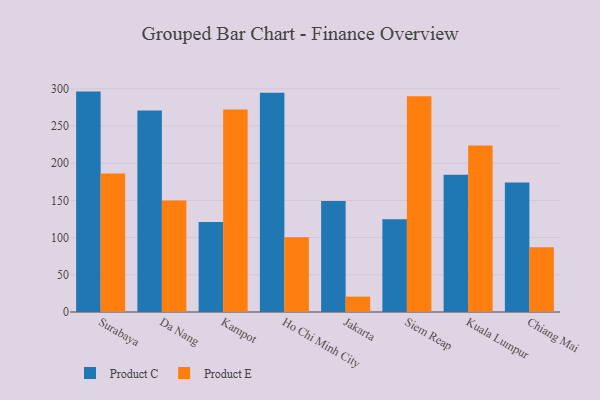
{"axis": {"x": "City", "y": "Customer Acquisition Cost (USD)"}, "legend": ["Product C", "Product E"], "data": [{"x": "Surabaya", "y": 296.2, "type": "Product C"}, {"x": "Surabaya", "y": 186.3, "type": "Product E"}, {"x": "Da Nang", "y": 270.8, "type": "Product C"}, {"x": "Da Nang", "y": 149.9, "type": "Product E"}, {"x": "Kampot", "y": 121.1, "type": "Product C"}, {"x": "Kampot", "y": 272.0, "type": "Product E"}, {"x": "Ho Chi Minh City", "y": 294.6, "type": "Product C"}, {"x": "Ho Chi Minh City", "y": 100.3, "type": "Product E"}, {"x": "Jakarta", "y": 149.2, "type": "Product C"}, {"x": "Jakarta", "y": 20.7, "type": "Product E"}, {"x": "Siem Reap", "y": 124.7, "type": "Product C"}, {"x": "Siem Reap", "y": 289.8, "type": "Product E"}, {"x": "Kuala Lumpur", "y": 184.4, "type": "Product C"}, {"x": "Kuala Lumpur", "y": 223.8, "type": "Product E"}, {"x": "Chiang Mai", "y": 174.2, "type": "Product C"}, {"x": "Chiang Mai", "y": 87.1, "type": "Product E"}]}